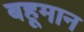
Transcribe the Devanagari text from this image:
बहूमान